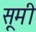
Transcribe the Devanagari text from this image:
सूमी